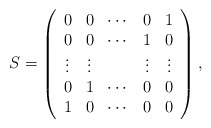
\begin{align*}S=\left(\begin{array}{c c c c c}0 &0 &\cdots &0 &1\\0 &0 &\cdots &1 &0\\\vdots &\vdots & &\vdots &\vdots\\0 &1 &\cdots &0 &0\\1 &0 &\cdots &0 &0\end{array}\right),\end{align*}